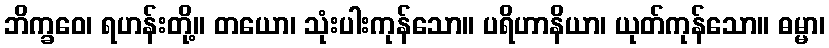
ဘိက္ခဝေ၊ ရဟန်းတို့။ တယော၊ သုံးပါးကုန်သော။ ပရိဟာနိယာ၊ ယုတ်ကုန်သော။ ဓမ္မာ၊